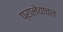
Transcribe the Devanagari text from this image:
प्रालेयाचल